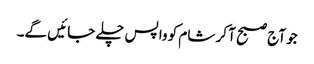
جو آج صبح آ کر شام کو واپس چلے جائیں گے۔